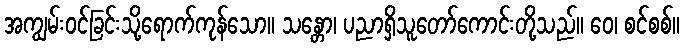
အကျွမ်းဝင်ခြင်းသို့ရောက်ကုန်သော။ သန္တော၊ ပညာရှိသူတော်ကောင်းတို့သည်။ ဝေ၊ စင်စစ်။